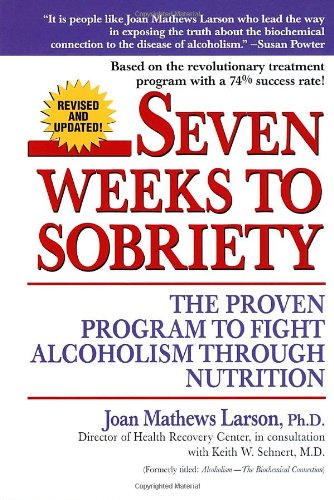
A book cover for Seven Weeks to Sobriety: The Proven Program to Fight Alcoholism through Nutrition; Joan Mathews Larson; Health, Fitness & Dieting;